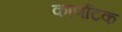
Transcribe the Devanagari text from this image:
कार्णाटक